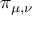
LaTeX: \pi _ { \mu , \nu }